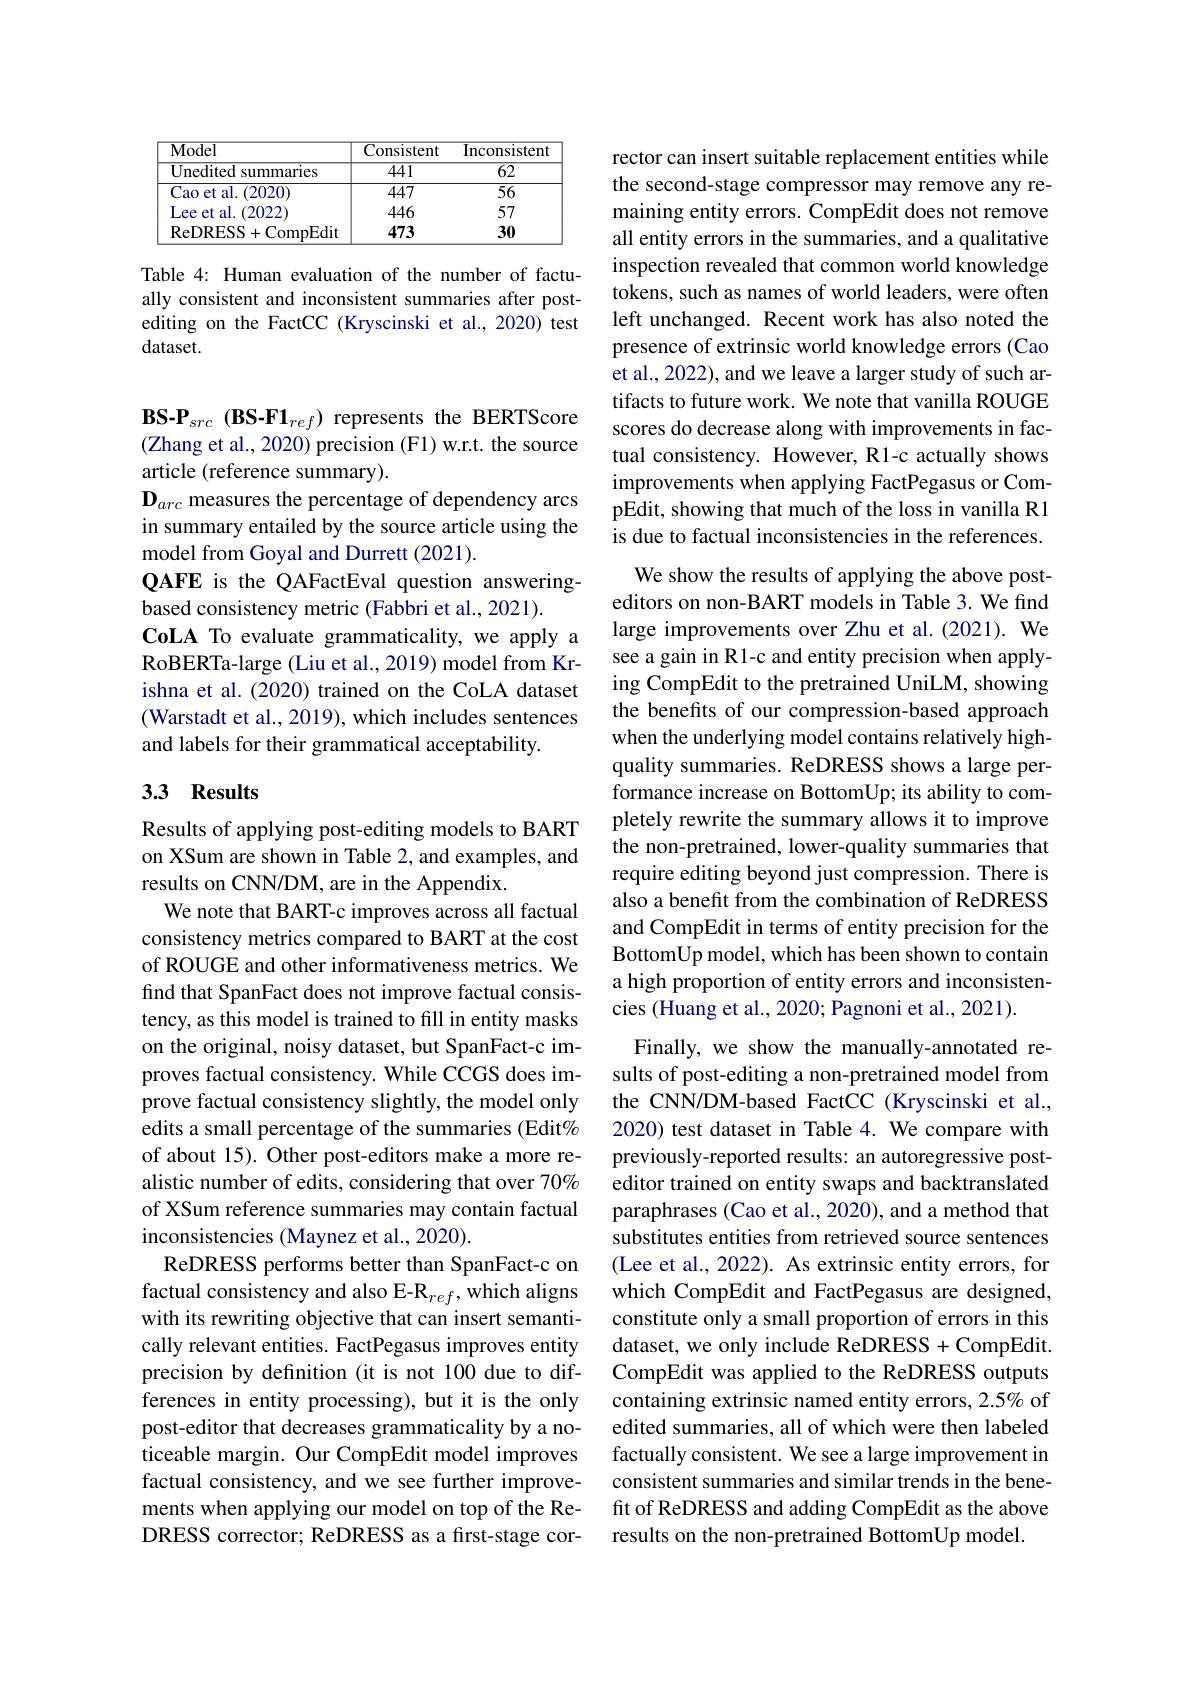
<table>
	<tbody>
		<tr>
			<th>$\overline{\mathrm{Model}}$</th>
			<th>Consistent</th>
			<th>Inconsistent</th>
		</tr>
		<tr>
			<td>Unedited summaries</td>
			<td>$\overline{441}$</td>
			<td>$\overline{62}$</td>
		</tr>
		<tr>
			<td>Cao et al. (2020)</td>
			<td>447</td>
			<td>$\overline{56}$</td>
		</tr>
		<tr>
			<td>Lee et al. (2022</td>
			<td>446</td>
			<td>57</td>
		</tr>
		<tr>
			<td>ReDRESS+CompEdit</td>
			<td>473</td>
			<td>30</td>
		</tr>
	</tbody>
</table>

Table 4: Human evaluation of the number of factually consistent and inconsistent summaries after postediting on the FactCC (Kryscinski et al.,2020) test dataset.

$BS-P_{src}(BS-F1_{ref}) represents the BERTScore$ (Zhang et al., 2020) precision (F1) w.r.t. the source article (reference summary).
$\mathbf{D}_{arc}$ measures the percentage of dependency arcs in summary entailed by the source article using the model from Goyal and Durrett (2021).
QAFE is the QAFactEval question answering-
based consistency metric (Fabbri et al., 2021).
CoLA To evaluate grammaticality, we apply a RoBERTa-large (Liu et al., 2019) model from Krishna et al. (2020) trained on the CoLA dataset (Warstadt et al., 2019), which includes sentences and labels for their grammatical acceptability.

## 3.3 Results

Results of applying post-editing models to BART on XSum are shown in Table 2, and examples, and results on CNN/DM, are in the Appendix.
We note that BART-c improves across all factual consistency metrics compared to BART at the cost of ROUGE and other informativeness metrics. We find that SpanFact does not improve factual consistency, as this model is trained to fill in entity masks on the original, noisy dataset, but SpanFact-c improves factual consistency. While CCGS does improve factual consistency slightly, the model only edits a small percentage of the summaries (Edit% of about 15). Other post-editors make a more realistic number of edits, considering that over $70\%$ of XSum reference summaries may contain factual inconsistencies (Maynez et al., 2020)
ReDRESS performs better than SpanFact-c on factual consistency and also E-R$_ref$, which aligns with its rewriting objective that can insert semantically relevant entities. FactPegasus improves entity precision by definition (it is not 100 due to differences in entity processing), but it is the only post-editor that decreases grammaticality by a noticeable margin. Our CompEdit model improves factual consistency, and we see further improvements when applying our model on top of the ReDRESS corrector; ReDRESS as a first-stage cor-

rector can insert suitable replacement entities while the second-stage compressor may remove any remaining entity errors. CompEdit does not remove all entity errors in the summaries, and a qualitative inspection revealed that common world knowledge tokens, such as names of world leaders, were often left unchanged. Recent work has also noted the presence of extrinsic world knowledge errors (Cao et al., 2022), and we leave a larger study of such artifacts to future work. We note that vanilla ROUGE scores do decrease along with improvements in factual consistency. However, R1-c actually shows improvements when applying FactPegasus or CompEdit, showing that much of the loss in vanilla R1 is due to factual inconsistencies in the references.

We show the results of applying the above posteditors on non-BART models in Table 3. We find large improvements over Zhu et al.(2021). We see a gain in R1-c and entity precision when applying CompEdit to the pretrained UniLM, showing the benefits of our compression-based approach when the underlying model contains relatively highquality summaries. ReDRESS shows a large performance increase on BottomUp; its ability to completely rewrite the summary allows it to improve the non-pretrained, lower-quality summaries that require editing beyond just compression. There is also a benefit from the combination of ReDRESS and CompEdit in terms of entity precision for the BottomUp model, which has been shown to contain a high proportion of entity errors and inconsistencies (Huang et al., 2020; Pagnoni et al., 2021).
Finally, we show the manually-annotated results of post-editing a non-pretrained model from the CNN/DM-based FactCC (Kryscinski et al., 2020) test dataset in Table 4. We compare with previously-reported results: an autoregressive posteditor trained on entity swaps and backtranslated paraphrases (Cao et al., 2020), and a method that substitutes entities from retrieved source sentences (Lee et al., 2022). As extrinsic entity errors, for which CompEdit and FactPegasus are designed, constitute only a small proportion of errors in this dataset, we only include ReDRESS + CompEdit. CompEdit was applied to the ReDRESS outputs containing extrinsic named entity errors, 2.5% of edited summaries, all of which were then labeled factually consistent. We see a large improvement in consistent summaries and similar trends in the benefit of ReDRESS and adding CompEdit as the above results on the non-pretrained BottomUp model.